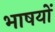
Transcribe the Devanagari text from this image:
भाषयों